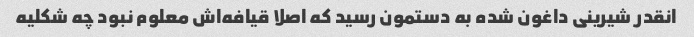
انقدر شیرینی داغون شده به دستمون رسید که اصلا قیافه‌اش معلوم نبود چه شکلیه